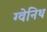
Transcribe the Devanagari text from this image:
ग्वेनिथ